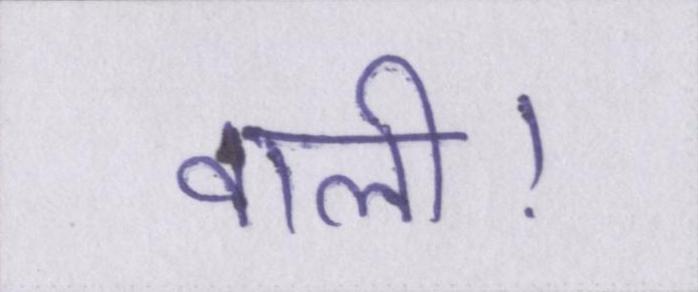
वाली।